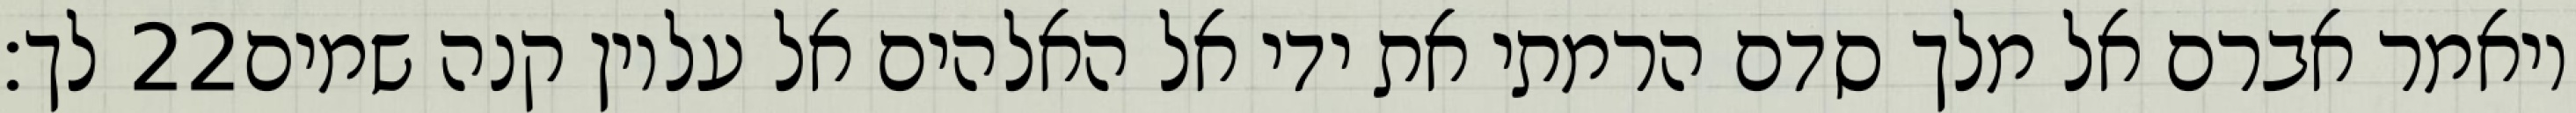
לך׃ ‎22‏ ויאמר אברם אל מלך סדם הרמתי את ידי אל האלהים אל עליון קנה שמים